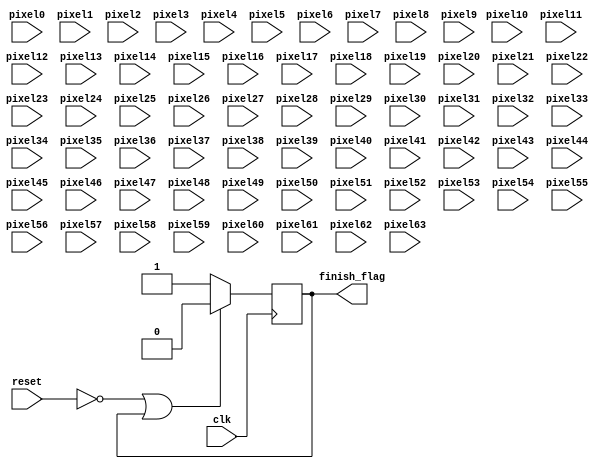
//Matrices used in this work:
//sensing matrix: measurement matrix * transform matrix
//measurement matrix: Walsh Matrix
//transform matrix: Inversed Walsh-Hadamard Transform Matrix

//read test images 
module WriteReconsImage
(
	input clk, 
	input reset,
	
	input[7:0] pixel0,
	input[7:0] pixel1,
	input[7:0] pixel2,
	input[7:0] pixel3,
	input[7:0] pixel4,
	input[7:0] pixel5,
	input[7:0] pixel6,
	input[7:0] pixel7,
	input[7:0] pixel8,
	input[7:0] pixel9,
		  
	input[7:0] pixel10,
	input[7:0] pixel11,
	input[7:0] pixel12,
	input[7:0] pixel13,
	input[7:0] pixel14,
	input[7:0] pixel15,
	input[7:0] pixel16,
	input[7:0] pixel17,
	input[7:0] pixel18,
	input[7:0] pixel19,
		  
	input[7:0] pixel20,
	input[7:0] pixel21,
	input[7:0] pixel22,
	input[7:0] pixel23,
	input[7:0] pixel24,
	input[7:0] pixel25,
	input[7:0] pixel26,
	input[7:0] pixel27,
	input[7:0] pixel28,
	input[7:0] pixel29,
		  
	input[7:0] pixel30,
	input[7:0] pixel31,
	input[7:0] pixel32,
	input[7:0] pixel33,
	input[7:0] pixel34,
	input[7:0] pixel35,
	input[7:0] pixel36,
	input[7:0] pixel37,
	input[7:0] pixel38,
	input[7:0] pixel39,
		  
	input[7:0] pixel40,
	input[7:0] pixel41,
	input[7:0] pixel42,
	input[7:0] pixel43,
	input[7:0] pixel44,
	input[7:0] pixel45,
	input[7:0] pixel46,
	input[7:0] pixel47,
	input[7:0] pixel48,
	input[7:0] pixel49,
		  
	input[7:0] pixel50,
	input[7:0] pixel51,
	input[7:0] pixel52,
	input[7:0] pixel53,
	input[7:0] pixel54,
	input[7:0] pixel55,
	input[7:0] pixel56,
	input[7:0] pixel57,
	input[7:0] pixel58,
	input[7:0] pixel59,
		  
	input[7:0] pixel60,
	input[7:0] pixel61,
	input[7:0] pixel62,
	input[7:0] pixel63,
	
	output reg finish_flag
);
	//store the reconstructed images
	// ----------block pixel number * parallel number * block width
	// image width * image height 
	reg [7:0] reconstructed_rom[63:0];

	always @ (posedge clk) begin
	
		if(!reset || finish_flag == 1)begin
			finish_flag <= 0;
			
		end
		else begin
			//case measurement size
			//read the measurement 
			reconstructed_rom[0] <= pixel0;
			reconstructed_rom[1] <= pixel1;
			reconstructed_rom[2] <= pixel2;
			reconstructed_rom[3] <= pixel3;
			reconstructed_rom[4] <= pixel4;
			reconstructed_rom[5] <= pixel5;
			reconstructed_rom[6] <= pixel6;
			reconstructed_rom[7] <= pixel7;
			reconstructed_rom[8] <= pixel8;
			reconstructed_rom[9] <= pixel9;
			
			reconstructed_rom[10] <= pixel10;
			reconstructed_rom[11] <= pixel11;
			reconstructed_rom[12] <= pixel12;
			reconstructed_rom[13] <= pixel13;
			reconstructed_rom[14] <= pixel14;
			reconstructed_rom[15] <= pixel15;
			reconstructed_rom[16] <= pixel16; 
			reconstructed_rom[17] <= pixel17; 
			reconstructed_rom[18] <= pixel18; 
			reconstructed_rom[19] <= pixel19; 
								 
			reconstructed_rom[20] <= pixel20; 
			reconstructed_rom[21] <= pixel21; 
			reconstructed_rom[22] <= pixel22; 
			reconstructed_rom[23] <= pixel23; 
			reconstructed_rom[24] <= pixel24; 
			reconstructed_rom[25] <= pixel25; 
			reconstructed_rom[26] <= pixel26; 
			reconstructed_rom[27] <= pixel27; 
			reconstructed_rom[28] <= pixel28; 
			reconstructed_rom[29] <= pixel29; 
								 
			reconstructed_rom[30] <= pixel30; 
			reconstructed_rom[31] <= pixel31;
			reconstructed_rom[32] <= pixel32; 
			reconstructed_rom[33] <= pixel33; 
			reconstructed_rom[34] <= pixel34; 
			reconstructed_rom[35] <= pixel35; 
			reconstructed_rom[36] <= pixel36; 
			reconstructed_rom[37] <= pixel37; 
			reconstructed_rom[38] <= pixel38; 
			reconstructed_rom[39] <= pixel39; 
								 
			reconstructed_rom[40] <= pixel40; 
			reconstructed_rom[41] <= pixel41; 
			reconstructed_rom[42] <= pixel42; 
			reconstructed_rom[43] <= pixel43; 
			reconstructed_rom[44] <= pixel44; 
			reconstructed_rom[45] <= pixel45; 
			reconstructed_rom[46] <= pixel46; 
			reconstructed_rom[47] <= pixel47;
			reconstructed_rom[48] <= pixel48;
			reconstructed_rom[49] <= pixel49;
								 
			reconstructed_rom[50] <= pixel50;
			reconstructed_rom[51] <= pixel51;
			reconstructed_rom[52] <= pixel52;
			reconstructed_rom[53] <= pixel53;
			reconstructed_rom[54] <= pixel54;
			reconstructed_rom[55] <= pixel55;
			reconstructed_rom[56] <= pixel56;
			reconstructed_rom[57] <= pixel57;
			reconstructed_rom[58] <= pixel58;
			reconstructed_rom[59] <= pixel59;
								 
			reconstructed_rom[60] <= pixel60;
			reconstructed_rom[61] <= pixel61;
			reconstructed_rom[62] <= pixel62;
			reconstructed_rom[63] <= pixel63;
			
			finish_flag <= 1;
		end
	end

endmodule